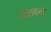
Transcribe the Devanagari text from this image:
शालवनों